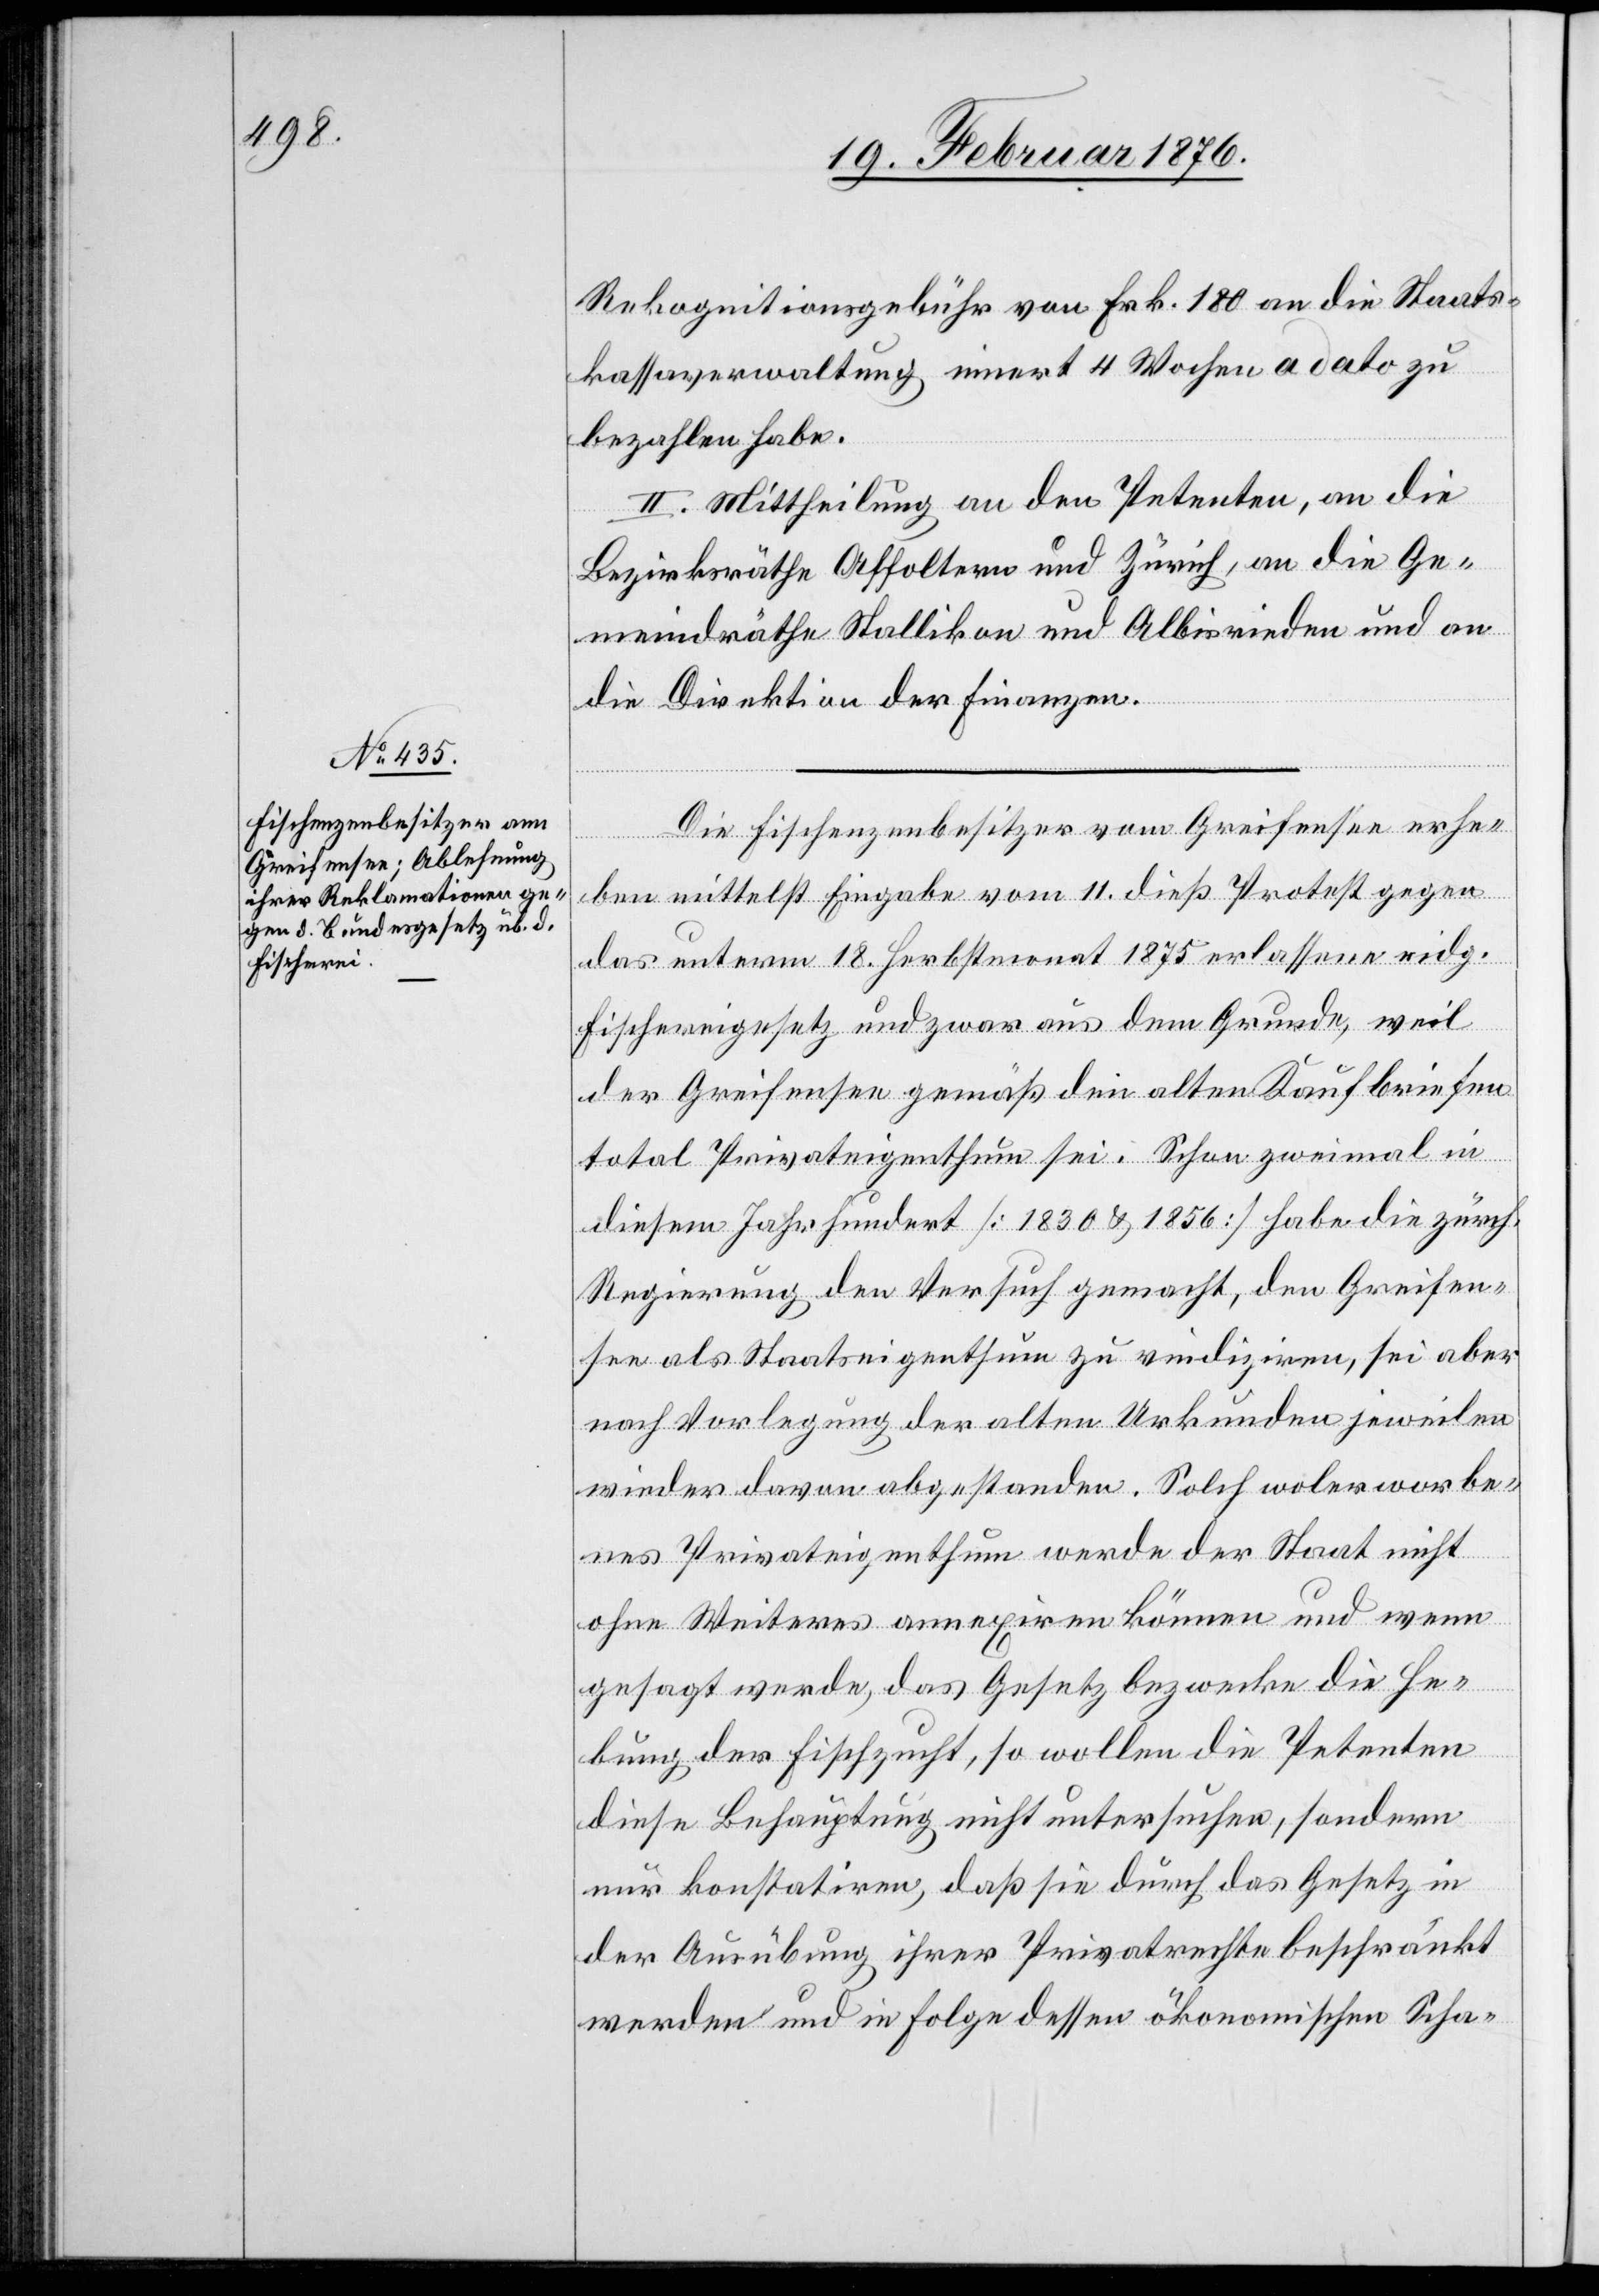
Rekognitionsgebühr von Frk. 180 an die Staats¬
kassaverwaltung innert 4 Wochen a dato zu
bezahlen habe.
II. Mittheilung an den Petenten, an die
Bezirksräthe Affoltern und Zürich, an die Ge¬
meindräthe Stallikon und Albisrieden und an
die Direktion der Finanzen.
Die Fischenzenbesitzer vom Greifensee erhe¬
ben mittelst Eingabe vom 11. dieß Protest gegen
das unterm 18. Herbstmonat 1875 erlassene eidg.
Fischereigesetz und zwar aus dem Grunde, weil
der Greifensee gemäß den alten Kaufbriefen
total Privateigenthum sei. Schon zweimal in
diesem Jahrhundert [1830 & 1856] habe die zürch.
Regierung den Versuch gemacht, den Greifen¬
see als Staatseigenthum zu vindiziren, sei aber
nach Vorlegung der alten Urkunden jeweilen
wieder davon abgestanden. Solch wolerworbe¬
nes Privateigenthum werde der Staat nicht
ohne Weiteres annexieren können und wenn
gesagt werde, das Gesetz bezwecke die He¬
bung der Fischzucht, so sollen die Petenten
diese Behauptung nicht untersuchen, sondern
nur konstatiren, daß sie durch das Gesetz in
der Ausübung ihrer Privatrechte beschränkt
werden und in Folge dessen ökonomischen Scha-